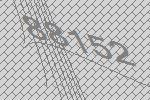
88152